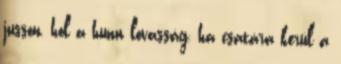
jusson, hol a hunn lovasság, ha csatára kerül a